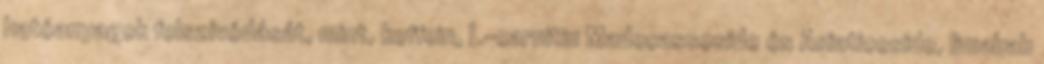
hatóanyagok felszívódását, mint, koffein, L-carnitin Madecassoside és Asiaticoside, limabab